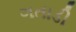
ગતાડી